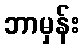
ဘာမှန်း